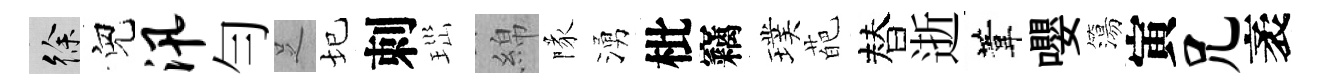
徐兒汛勻𠯁圮刺𤤼綿隊湧枇竊璞葩替逝葦嚶簜寅兄袤